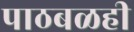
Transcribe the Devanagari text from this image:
पाठबळही